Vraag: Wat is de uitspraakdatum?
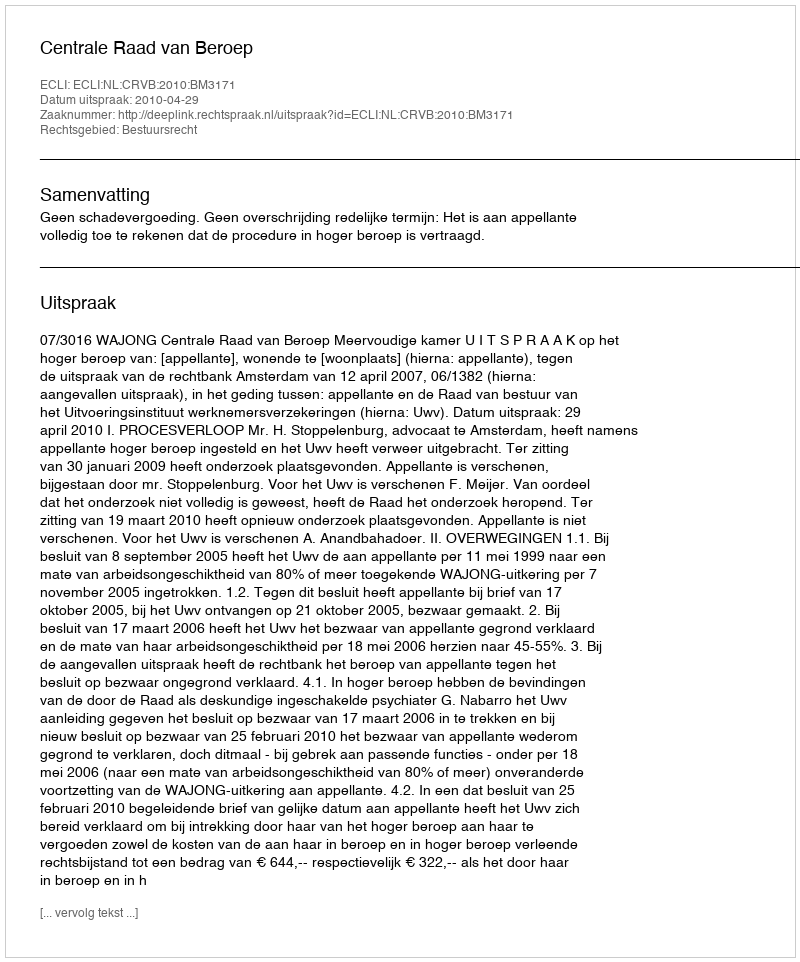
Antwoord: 2010-04-29